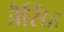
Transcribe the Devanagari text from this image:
जैसिंह